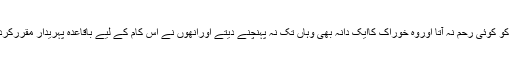
لیکن کفار کو کوئی رحم نہ آتا اوروہ خوراک کاایک دانہ بھی وہاں تک نہ پہنچنے دیتے اورانھوں نے اس کام کے لیے باقاعدہ پہریدار مقررکردیے تھے۔